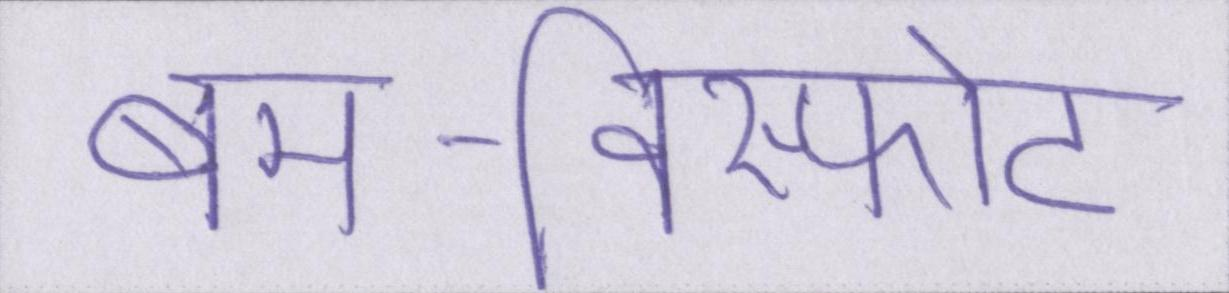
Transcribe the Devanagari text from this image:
बम-विस्फोट